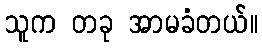
သူက တခု အာမခံတယ်။